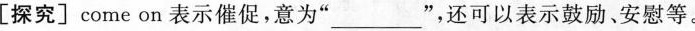
[探究]come on表示催促，意为”_”，还可以表示鼓励、安慰等。